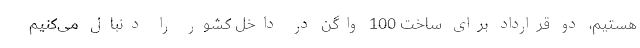
هستیم، دو قرارداد برای ساخت 100 واگن در داخل کشور را دنبال می‌کنیم